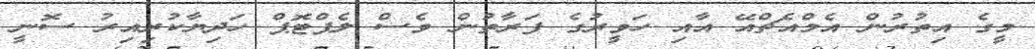
މީގެ އިތުރުން އެމްއެޗްއޭ އާއި ހަވީރުގެ ފަރާތުން ވެސް ލެޕްޓޮޕް ހަދިޔާކުރިއިރު ސޮނީ